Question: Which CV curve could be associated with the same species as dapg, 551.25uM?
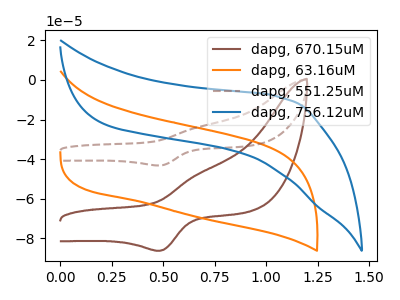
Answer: <think>The brown curve "dapg, 670.15uM" has an anodic peak at (0.65V, -47.75uA) and a cathodic peak at (0.50V, -86.30uA). The orange curve "dapg, 63.16uM" has no peaks. The brown dashed curve "dapg, 551.25uM" has an anodic peak at (0.65V, -23.90uA) and a cathodic peak at (0.50V, -43.25uA). The blue curve "dapg, 756.12uM" has no peaks.
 "dapg, 670.15uM" and "dapg, 63.16uM" have a different number of peaks. All the peaks in "dapg, 670.15uM" have a peak in "dapg, 551.25uM" at the same potential. "dapg, 670.15uM" and "dapg, 756.12uM" have a different number of peaks. "dapg, 63.16uM" and "dapg, 551.25uM" have a different number of peaks. Neither "dapg, 63.16uM" or "dapg, 756.12uM" have any peaks. "dapg, 551.25uM" and "dapg, 756.12uM" have a different number of peaks.</think>
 <answer>The CV with the most similar shape to "dapg, 670.15uM" is "dapg, 551.25uM".</answer>
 <eval>"dapg, 551.25uM"</eval>